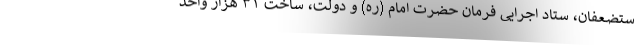
ستضعفان، ستاد اجرایی فرمان حضرت امام (ره) و دولت، ساخت ۳۱ هزار واحد